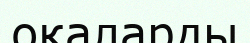
оқаларды